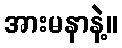
အားမနာနဲ့။